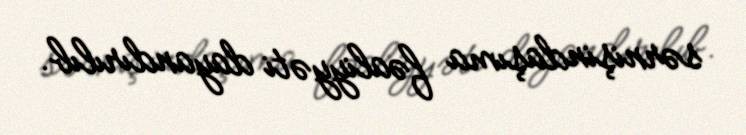
sərnişindaşıma fəaliyyəti dayandırılıb.